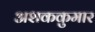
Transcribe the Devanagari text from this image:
अशककुमार